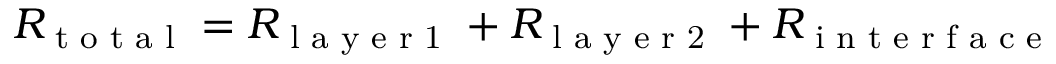
R _ { \textrm { t o t a l } } = R _ { \textrm { l a y e r 1 } } + R _ { \textrm { l a y e r 2 } } + R _ { \textrm { i n t e r f a c e } }